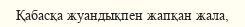
Қабасқа жуандықпен жапқан жала,